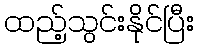
ထည့်သွင်းနိုင်ပြီး